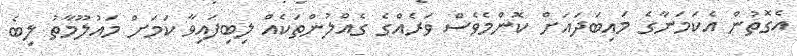
އެގޮތުން އެކަމަނާގެ މައިބަދައަށް ކޮންމެވެސް ވަރެއްގެ ގެއްލުންތަކެއް ލިބިފައިވާ ކަމަށް މައުލޫމާތު ލިބެ